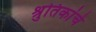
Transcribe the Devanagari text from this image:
श्रुतिकांचे